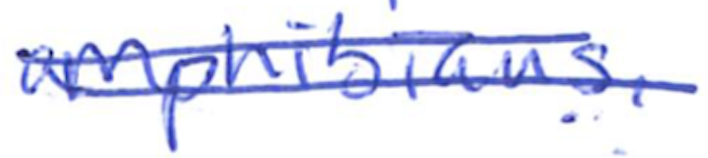
Text: amphibians.
Cross-out: double-line
Writing tool: ballpoint